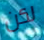
لكن